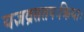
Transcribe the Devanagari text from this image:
यज्ञव्रततपःक्रियाः